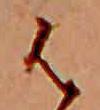
は